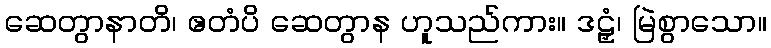
ဆေတွာနာတိ၊ ဧတံပိ ဆေတွာန ဟူသည်ကား။ ဒဠှံ၊ မြဲစွာသော။